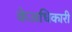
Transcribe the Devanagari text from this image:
केअधिकारी